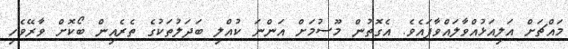
މައްޗަށް އަލިއަޅުއްވާލައްވާފައެވެ. އެގޮތުން މޫސުމަށް އަންނަ ކުއްލި ބަދަލުތަކުގެ ތެރެއިން ބޯކޮށް ވާރޭވެހި